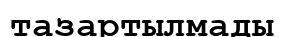
тазартылмады